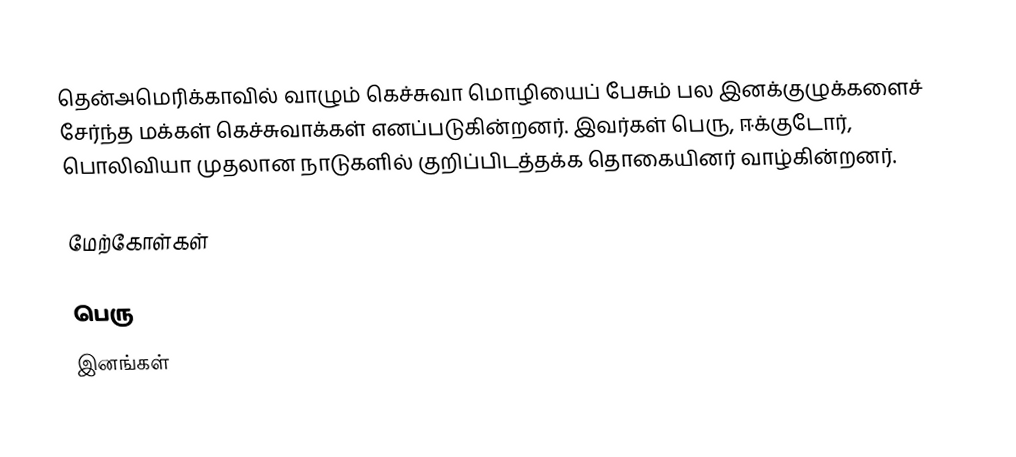
தென்அமெரிக்காவில் வாழும் கெச்சுவா மொழியைப் பேசும் பல இனக்குழுக்களைச் சேர்ந்த மக்கள் கெச்சுவாக்கள் எனப்படுகின்றனர். இவர்கள் பெரு, ஈக்குடோர், பொலிவியா முதலான நாடுகளில் குறிப்பிடத்தக்க தொகையினர் வாழ்கின்றனர்.

மேற்கோள்கள்

பெரு
இனங்கள்